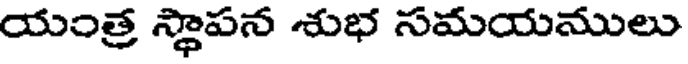
యంత్ర స్థాపన శుభ సమయములు